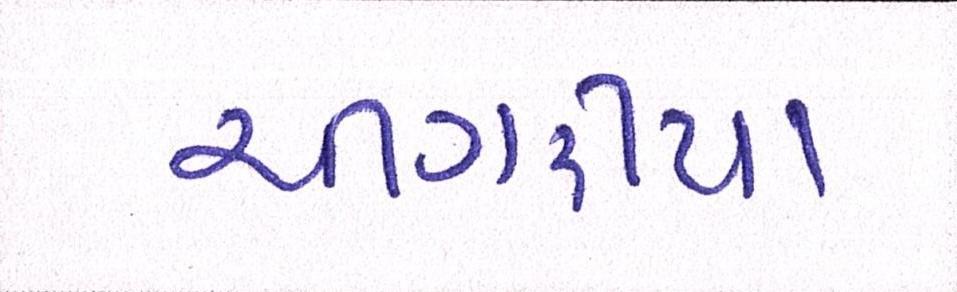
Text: ચીંગરીયા